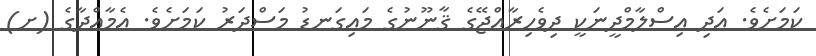
ކަމަށެވެ. އަދި އިސްލާމްދީނަކީ ދިވެހިރާއްޖޭގެ ޤާނޫނުގެ މައިގަނޑު މަސްދަރު ކަމަށެވެ. އެމާއްދާގެ (ށ)